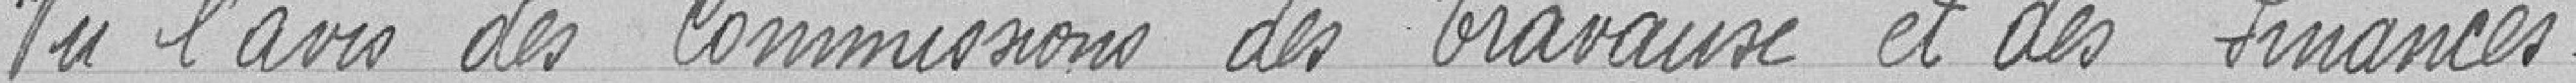
Vu l'avis des Commissions des Travaux et des Finances